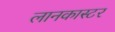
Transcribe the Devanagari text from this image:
लानकास्टर